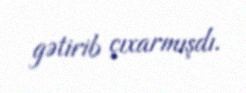
gətirib çıxarmışdı.